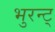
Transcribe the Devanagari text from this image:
भुरन्ट्